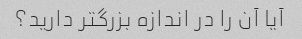
آیا آن را در اندازه بزرگتر دارید؟